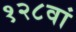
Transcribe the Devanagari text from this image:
१२८वां